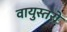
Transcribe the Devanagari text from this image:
वायुस्तरों